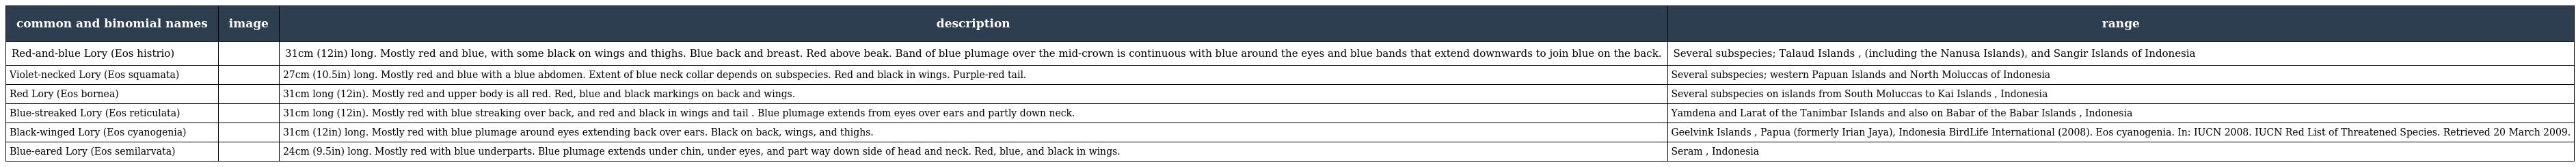
| common and binomial names | image | description | range |
 | --- | --- | --- | --- |
 | Red-and-blue Lory (Eos histrio) |  | 31cm (12in) long. Mostly red and blue, with some black on wings and thighs. Blue back and breast. Red above beak. Band of blue plumage over the mid-crown is continuous with blue around the eyes and blue bands that extend downwards to join blue on the back. | Several subspecies; Talaud Islands , (including the Nanusa Islands), and Sangir Islands of Indonesia |
 | Violet-necked Lory (Eos squamata) |  | 27cm (10.5in) long. Mostly red and blue with a blue abdomen. Extent of blue neck collar depends on subspecies. Red and black in wings. Purple-red tail. | Several subspecies; western Papuan Islands and North Moluccas of Indonesia |
 | Red Lory (Eos bornea) |  | 31cm long (12in). Mostly red and upper body is all red. Red, blue and black markings on back and wings. | Several subspecies on islands from South Moluccas to Kai Islands , Indonesia |
 | Blue-streaked Lory (Eos reticulata) |  | 31cm long (12in). Mostly red with blue streaking over back, and red and black in wings and tail . Blue plumage extends from eyes over ears and partly down neck. | Yamdena and Larat of the Tanimbar Islands and also on Babar of the Babar Islands , Indonesia |
 | Black-winged Lory (Eos cyanogenia) |  | 31cm (12in) long. Mostly red with blue plumage around eyes extending back over ears. Black on back, wings, and thighs. | Geelvink Islands , Papua (formerly Irian Jaya), Indonesia BirdLife International (2008). Eos cyanogenia. In: IUCN 2008. IUCN Red List of Threatened Species. Retrieved 20 March 2009. |
 | Blue-eared Lory (Eos semilarvata) |  | 24cm (9.5in) long. Mostly red with blue underparts. Blue plumage extends under chin, under eyes, and part way down side of head and neck. Red, blue, and black in wings. | Seram , Indonesia |